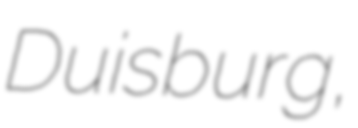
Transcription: Duisburg,